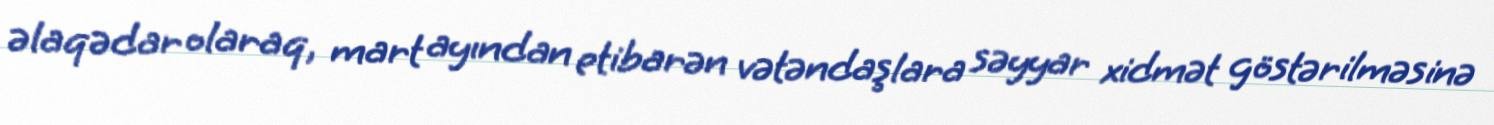
əlaqədar olaraq, mart ayından etibarən vətəndaşlara səyyar xidmət göstərilməsinə